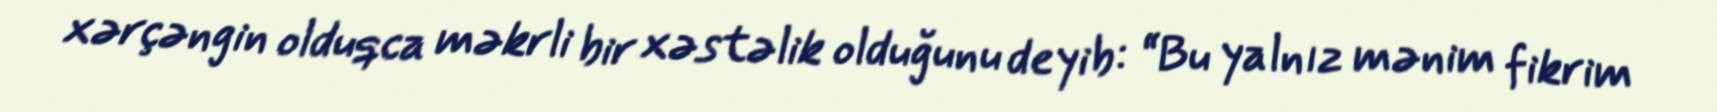
xərçəngin olduqca məkrli bir xəstəlik olduğunu deyib: “Bu yalnız mənim fikrim